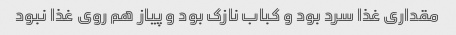
مقداری غذا سرد بود و کباب نازک بود و پیاز هم روی غذا نبود